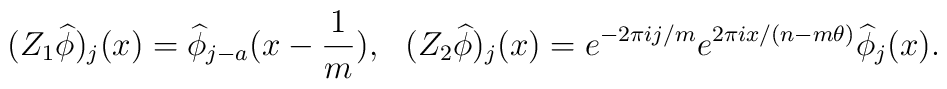
(Z_1 \widehat{\phi})_j(x)=\widehat{\phi}_{j-a}(x-\frac{1}{m}),~~(Z_2 \widehat{\phi})_j(x)= e^{-2\pi i j/m}e^{2\pi i x/(n-m\theta)}\widehat{\phi}_{j}(x).